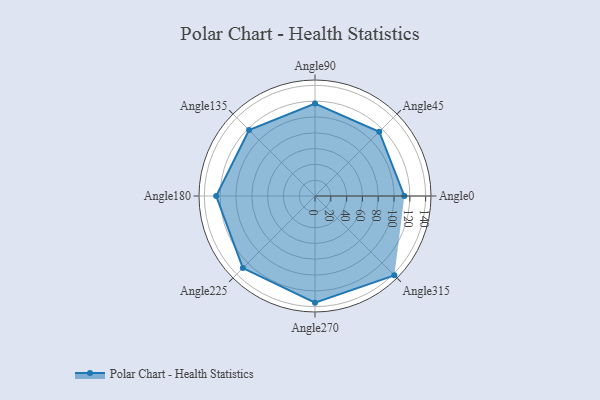
{"axis": {"x": "Angle", "y": "Radius"}, "legend": [""], "data": [{"x": "Angle0", "y": 113.0, "type": ""}, {"x": "Angle45", "y": 115.0, "type": ""}, {"x": "Angle90", "y": 117.0, "type": ""}, {"x": "Angle135", "y": 118.0, "type": ""}, {"x": "Angle180", "y": 125.0, "type": ""}, {"x": "Angle225", "y": 129.0, "type": ""}, {"x": "Angle270", "y": 135.0, "type": ""}, {"x": "Angle315", "y": 142.0, "type": ""}]}